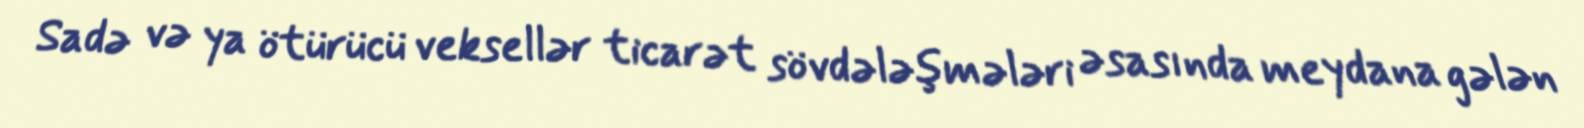
Sadə və ya ötürücü veksellər ticarət sövdələşmələri əsasında meydana gələn